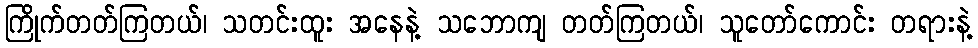
ကြိုက်တတ်ကြတယ်၊ သတင်းထူး အနေနဲ့ သဘောကျ တတ်ကြတယ်၊ သူတော်ကောင်း တရားနဲ့